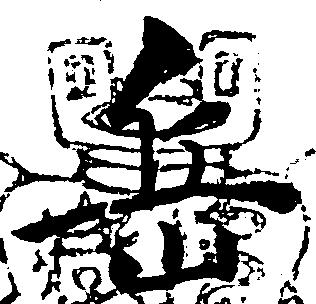
岳